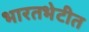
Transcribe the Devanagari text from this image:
भारतभेटीत